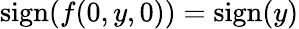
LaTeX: \textnormal{sign}(f(0,y,0))=\textnormal{sign}(y)